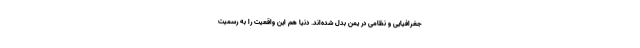
جغرافیایی و نظامی در یمن بدل شده‌اند. دنیا هم این واقعیت را به رسمیت